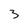
Character: 3